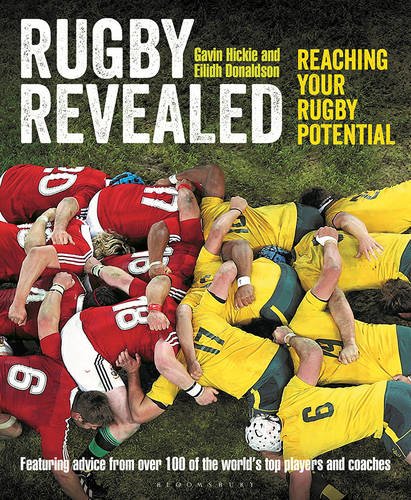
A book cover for Rugby Revealed: Reaching Your Rugby Potential; Gavin Hickie; Sports & Outdoors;